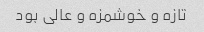
تازه و خوشمزه و عالی بود